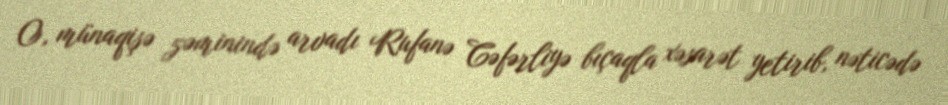
O, münaqişə zəminində arvadı Rufanə Cəfərliyə bıçaqla xəsarət yetirib, nəticədə